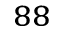
^ { 8 8 }